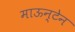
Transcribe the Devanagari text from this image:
माऊन्टेन